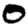
Digit: 0